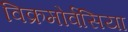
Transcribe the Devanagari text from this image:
विक्रमोर्वसिया